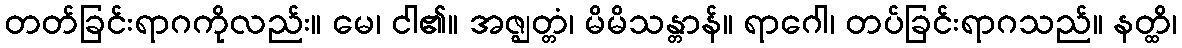
တတ်ခြင်းရာဂကိုလည်း။ မေ၊ ငါ၏။ အဇ္ဈတ္တံ၊ မိမိသန္တာန်။ ရာဂေါ၊ တပ်ခြင်းရာဂသည်။ နတ္ထိ၊